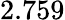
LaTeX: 2.759